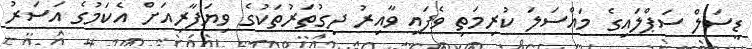
ޑީސަލް ސަޕްލައިގެ މައްސަލަ ކުރިމަތި ވެފައި ވާއިރު ދިގުތަރުތަކުގެ ވިޔަފާރިއަށް އެކަމުގެ އަސަރު